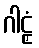
ဂါဠှံ